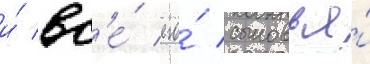
и́ вс'е́ его́ сыновья́